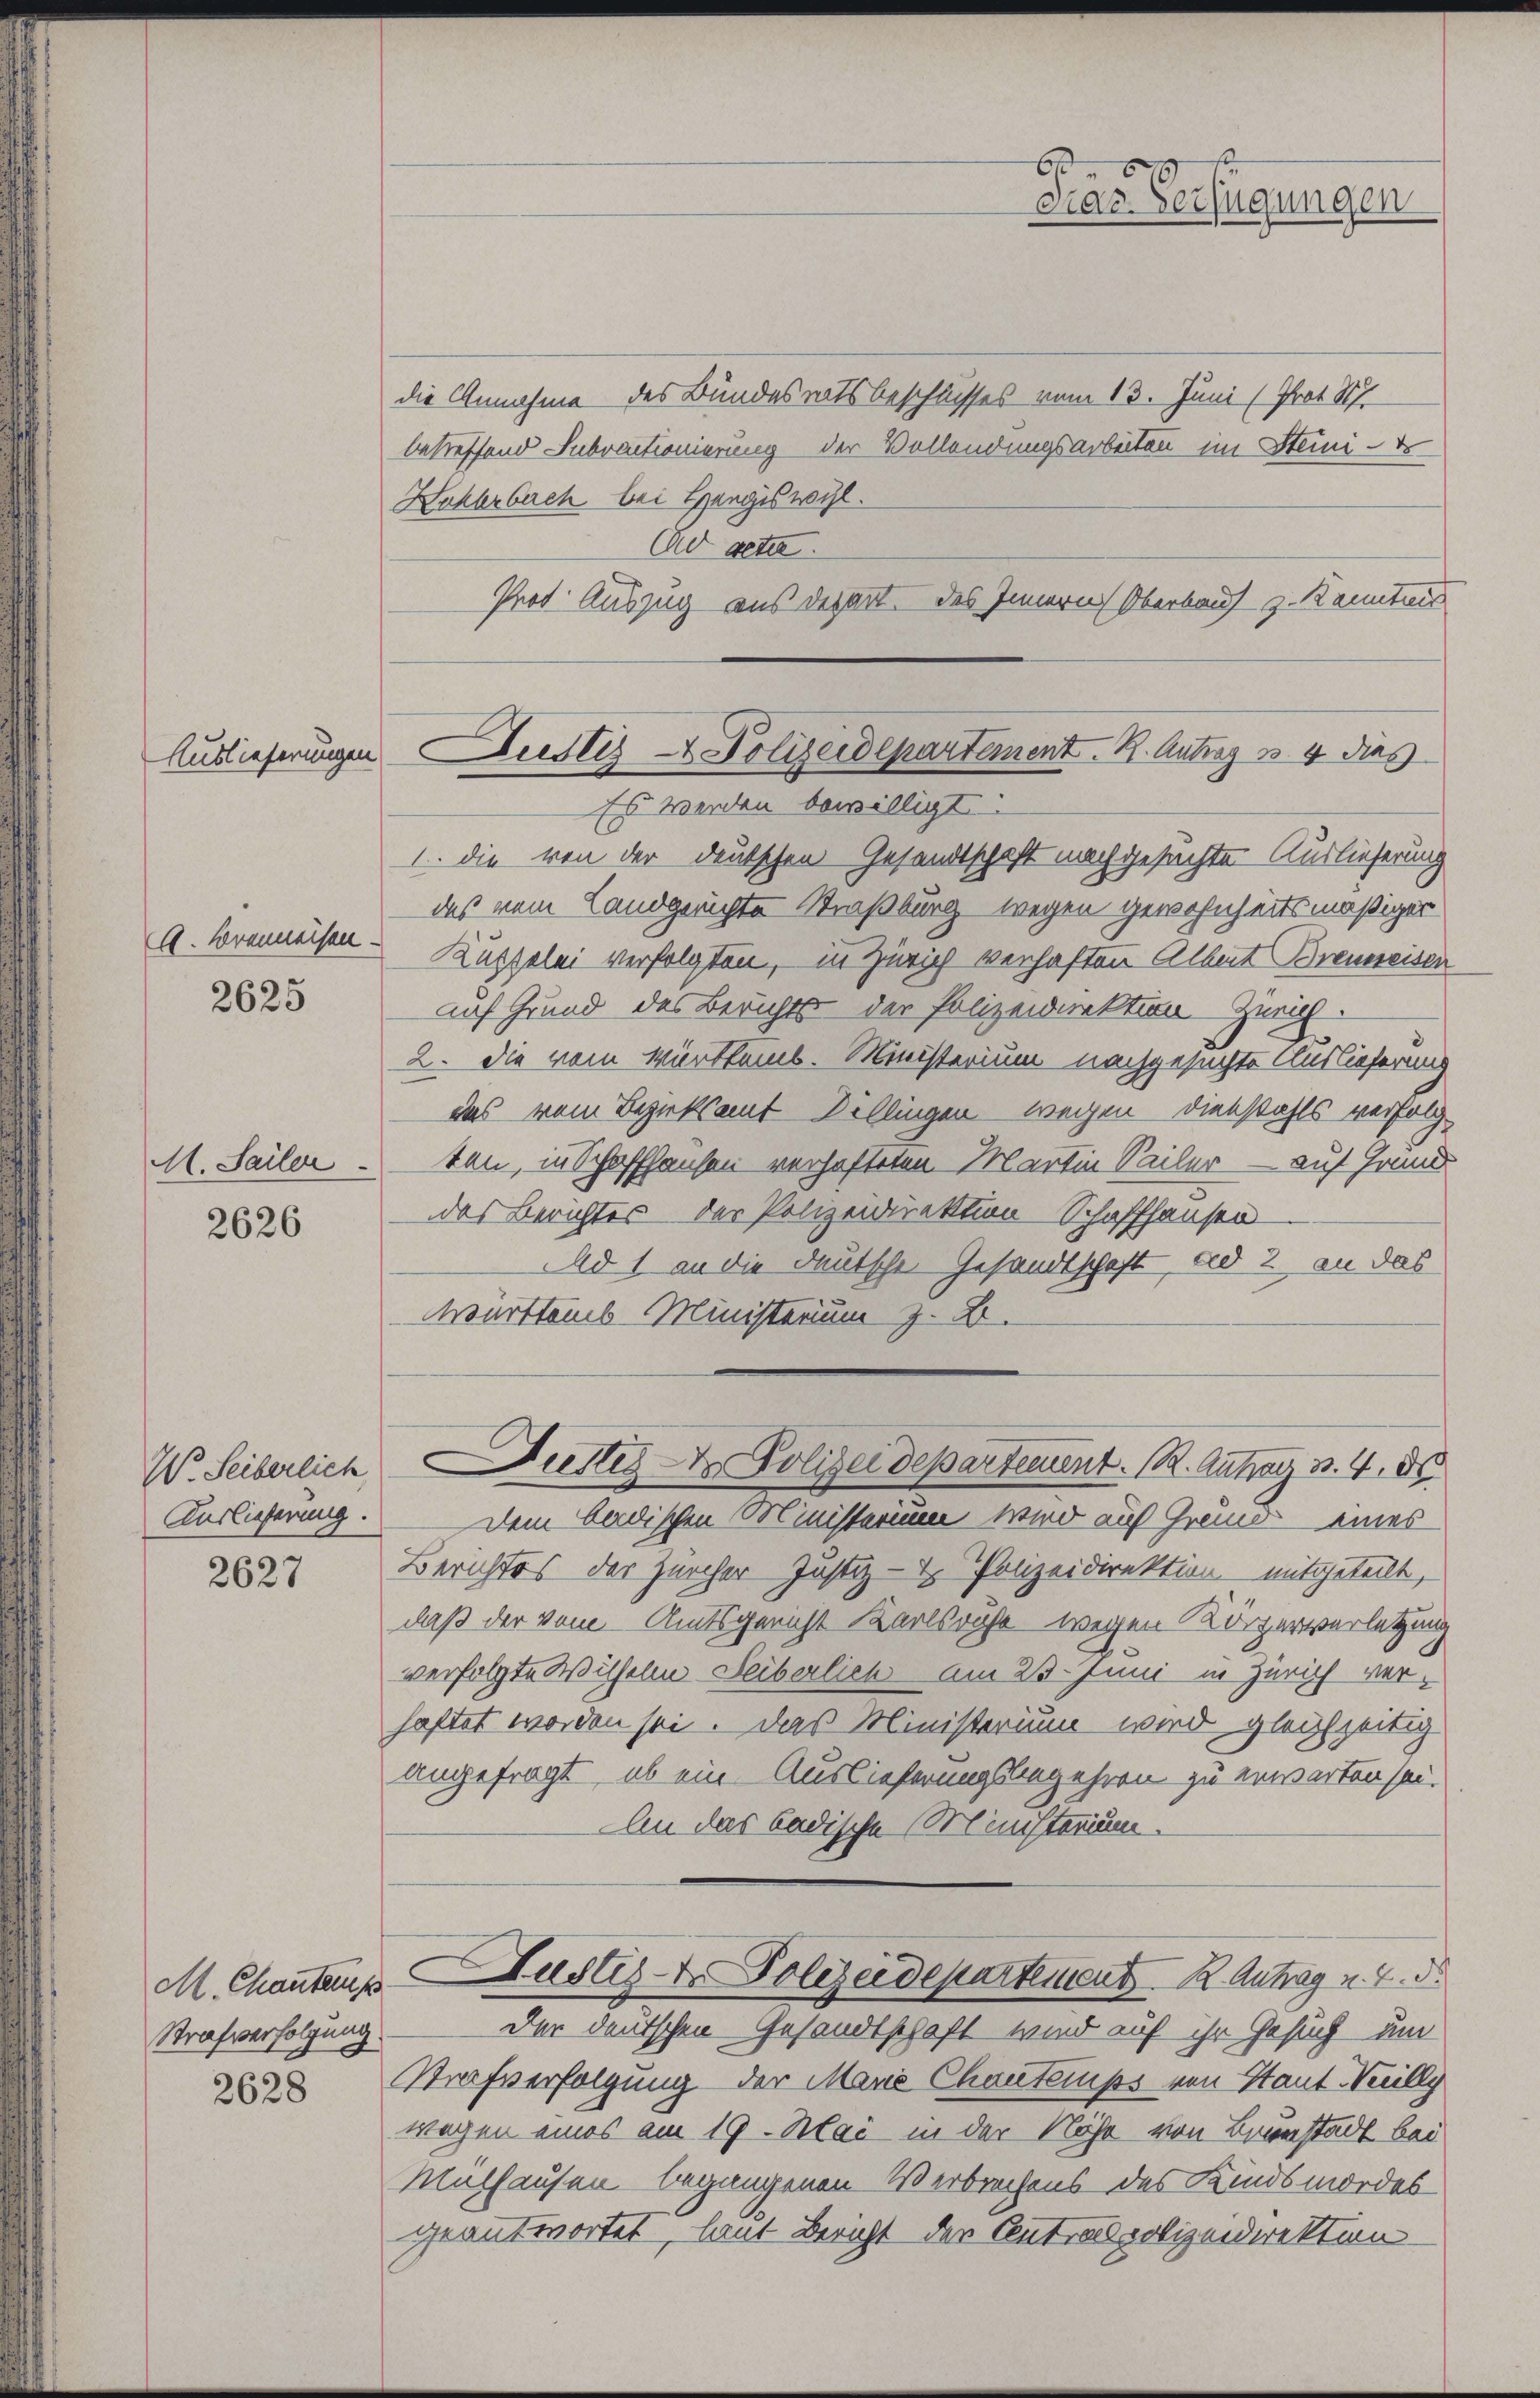
Auslieferungen

A. Brenneisen.

2625

M. Sailer
2626

W. Seiberlich,
Auslieferung.

2627

M. Chantas
Strafverfolgung

die Annahme des Bundesratsbeschlusses vom 13. Juni (Prot. S
betreffend Febractionierung der Vollendungsarbeiten im Steini-
Haklerbach bei Hangiswil.
Ad getan.
Prot. Auszug aus depart. des Innern Oberbauch z. Kanntnis

1. die von der deutschen Gesandtschaft nachgesuchten Auslieferung
das vom Landgerichte Straßburg wegen gewohnheitsmäßiger
Küppelei verfolgten, in Zürich verhaften Albert Brenneisen
auf Grund des Berichts der Polizeidirektion Zürich.
2. Die vom Württemb. Ministerium nachgesuchte Auslieferung
das vom Bezirksamt Döllingen wegen Diebstahls verfolg-
ten, in Schaffhausen verhafteten Martin Seiler — auf Grund
das Berichtes der Polizeidirektion Schaffhausen
Ad 1 an die deutsche Gesandtschaft, ad 2. an das
württems Ministerium z. B.

Dem badischen Ministerium wird auf Grund eines
Berichtes der Zürcher Justiz- & Polizeidirektion mitgeteilt,
daß der vom Amtsgericht Karlsruhe wegen Körperverletzung
verfolgte Wilhelm Leiberlich am 25. Juni in Zürich verhaftet worden sei. Das Ministerium wird gleichzeitig
angefragt, ob ein Auslieferungsbegehren zu erwarten sei.
An das badische Ministerium.
Justiz- & Polizeidepartement K. Antrag u. 2. d.
der deutschen Gesandtschaft wird auf ihr Gesuch um
 Strafverfolgung der Manić Chartemps von Stant Weilly
wegen eines am 19. Mai in der Nähe von Brunstadt bei
Mülhausen begangenen Verbrechens des Kindsmordes
geantwortet, laut Bericht der Centralpolizeidirektion

.
Das Verfügungen

Justiz- & Polizeidepartement. B. Antrag u. 4 dies
Es werden bewilligt:

Dustes Polizeidepartement. R. Anhag 3. 4. ds